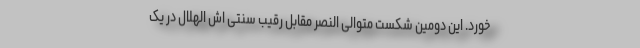
خورد. این دومین شکست متوالی النصر مقابل رقیب سنتی اش الهلال در یک